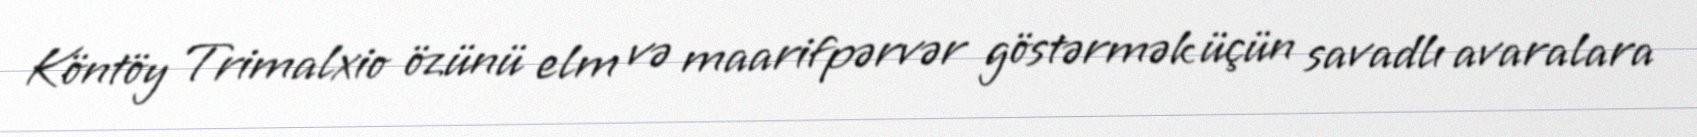
Köntöy Trimalxio özünü elm və maarifpərvər göstərmək üçün savadlı avaralara